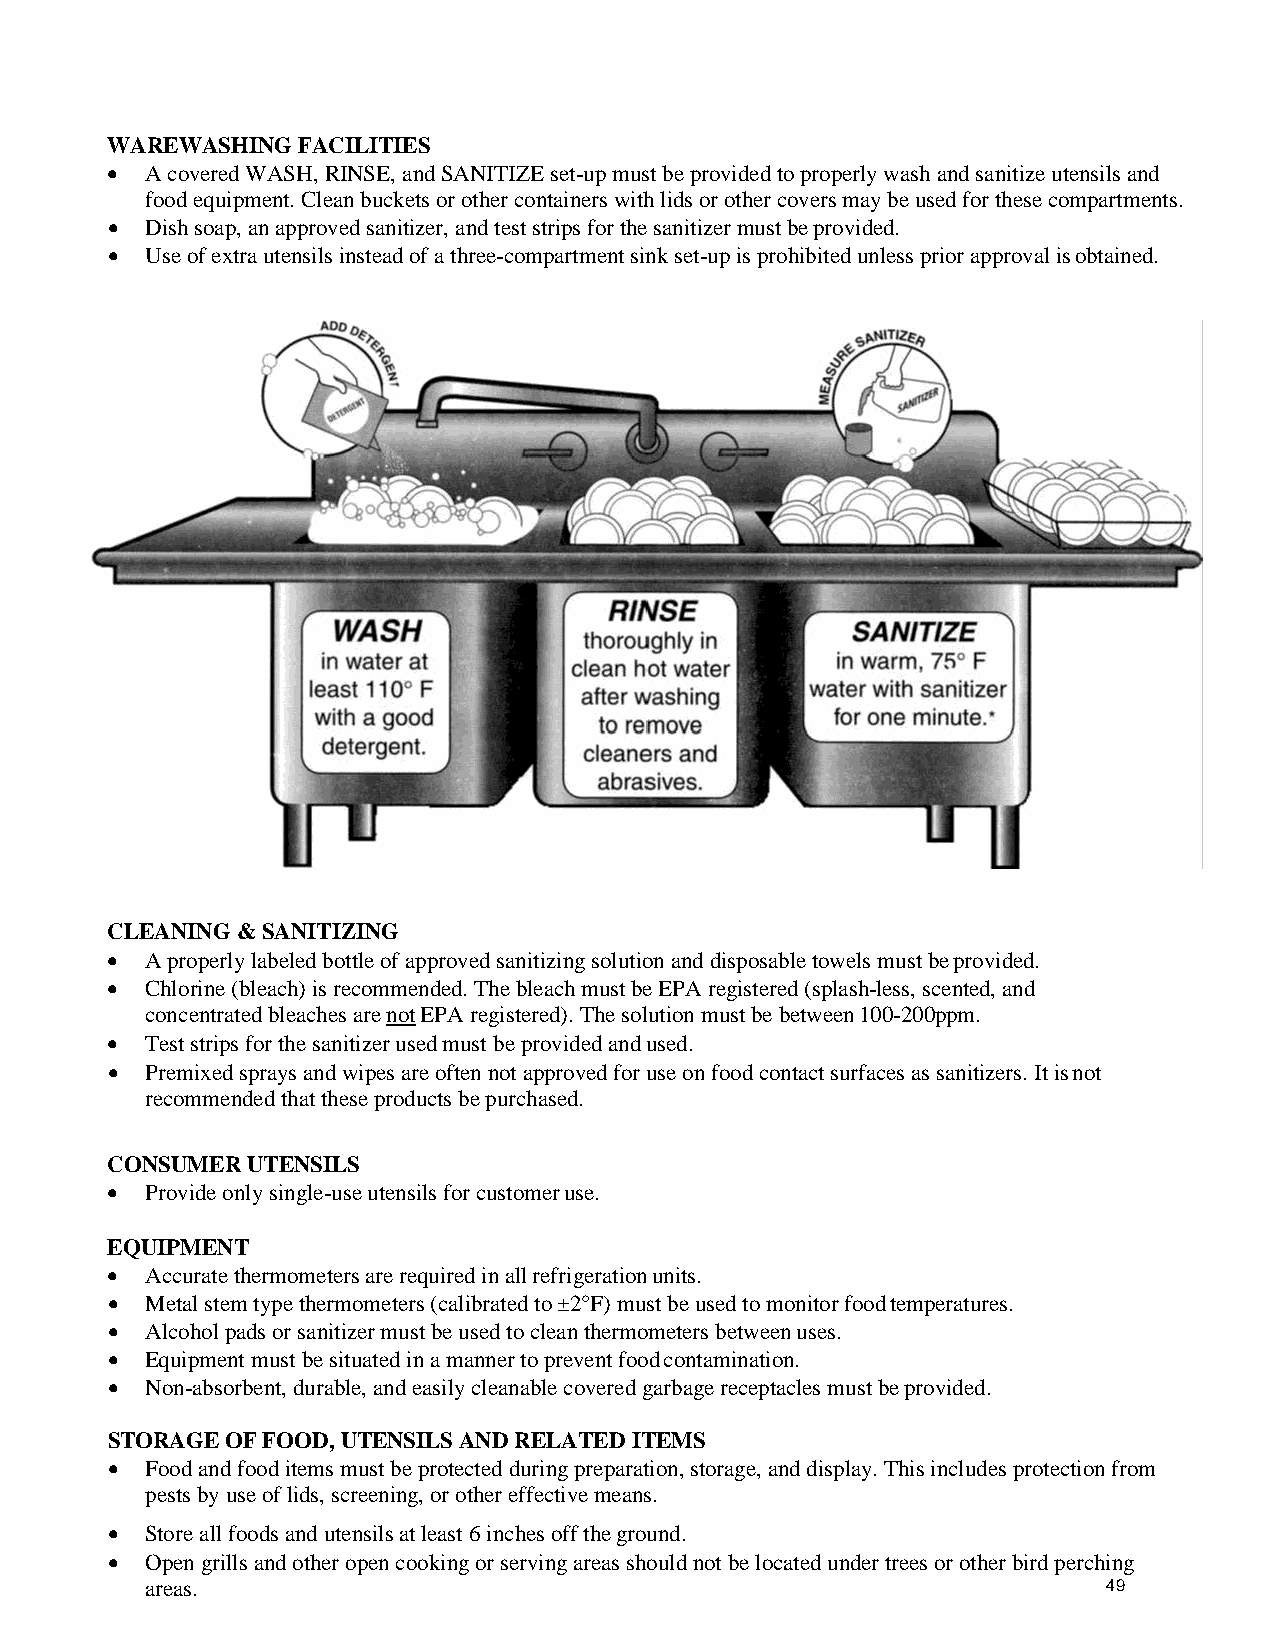
WAREWASHING  FACILITIES
 •  A covered WASH, RINSE, and SANITIZE set-up must be provided to properly wash and sanitize utensils and
 food equipment. Clean buckets or other containers with lids or other covers may be used for these compartments.
 •  Dish soap, an approved sanitizer, and test strips for the sanitizer must be provided.
 •  Use of extra utensils instead of a three-compartment sink set-up is prohibited unless prior approval is obtained.
 CLEANING & SANITIZING
 •  A properly labeled bottle of approved sanitizing solution and disposable towels must be provided.
 •  Chlorine (bleach) is recommended. The bleach must be EPA registered (splash-less, scented, and
 concentrated bleaches are not EPA registered). The solution must be between 100-200ppm.
 •  Test strips for the sanitizer used must be provided and used.
 •  Premixed sprays and wipes are often not approved for use on food contact surfaces as sanitizers. It is not
 recommended that these products be purchased.
 CONSUMER UTENSILS
 •  Provide only single-use utensils for customer use.
 EQUIPMENT
 •  Accurate thermometers are required in all refrigeration units.
 •  Metal stem type thermometers (calibrated to ±2°F) must be used to monitor food temperatures.
 •  Alcohol pads or sanitizer must be used to clean thermometers between uses.
 •  Equipment must be situated in a manner to prevent food contamination.
 •  Non-absorbent, durable, and easily cleanable covered garbage receptacles must be provided.
 STORAGE OF FOOD, UTENSILS AND RELATED ITEMS
 •  Food and food items must be protected during preparation, storage, and display. This includes protection from
 pests by use of lids, screening, or other effective means.
 •  Store all foods and utensils at least 6 inches off the ground.
 •  Open grills and other open cooking or serving areas should not be located under trees or other bird perching
 areas.                                                         49